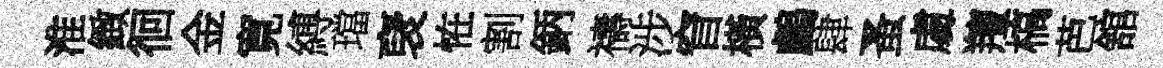
淮緻徊金寛縛璫裦恠割鈵禱涉窅橫鸕肆蚤䖏羶槁芭舘